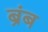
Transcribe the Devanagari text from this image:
ब्रंब